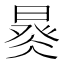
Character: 𣈩